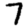
Digit: 7